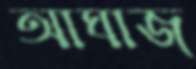
আঘাজ